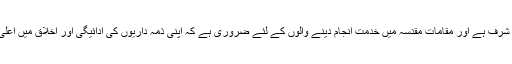
مرجع عالی قدر دام ظلہ الوارف نے تاکید فرمائی کہ زائرین کی خدمت عظیم شرف ہے اور مقامات مقدسہ میں خدمت انجام دینے والوں کے لئے ضروری ہے کہ اپنی ذمہ داریوں کی ادائیگی اور اخلاق میں اعلیٰ معیار اسطرح پیش کریں کہ حقیقی اسلام محمدی کے اخلاق کی عکاسی ہو۔